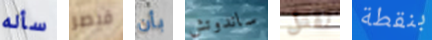
سأله قيصر بأن ساندوتش تقتل بنقطة